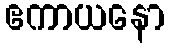
ဧကာယနော